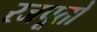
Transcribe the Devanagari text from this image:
रजपूतो